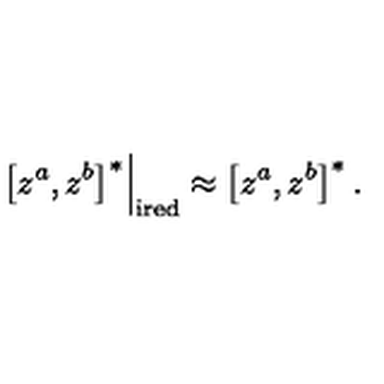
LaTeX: \left. \left[ z ^ { a } , z ^ { b } \right] ^ { * } \right| _ { \mathrm { i r e d } } \approx \left[ z ^ { a } , z ^ { b } \right] ^ { * } .